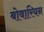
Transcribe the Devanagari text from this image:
बोवारियन